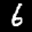
Label: 6